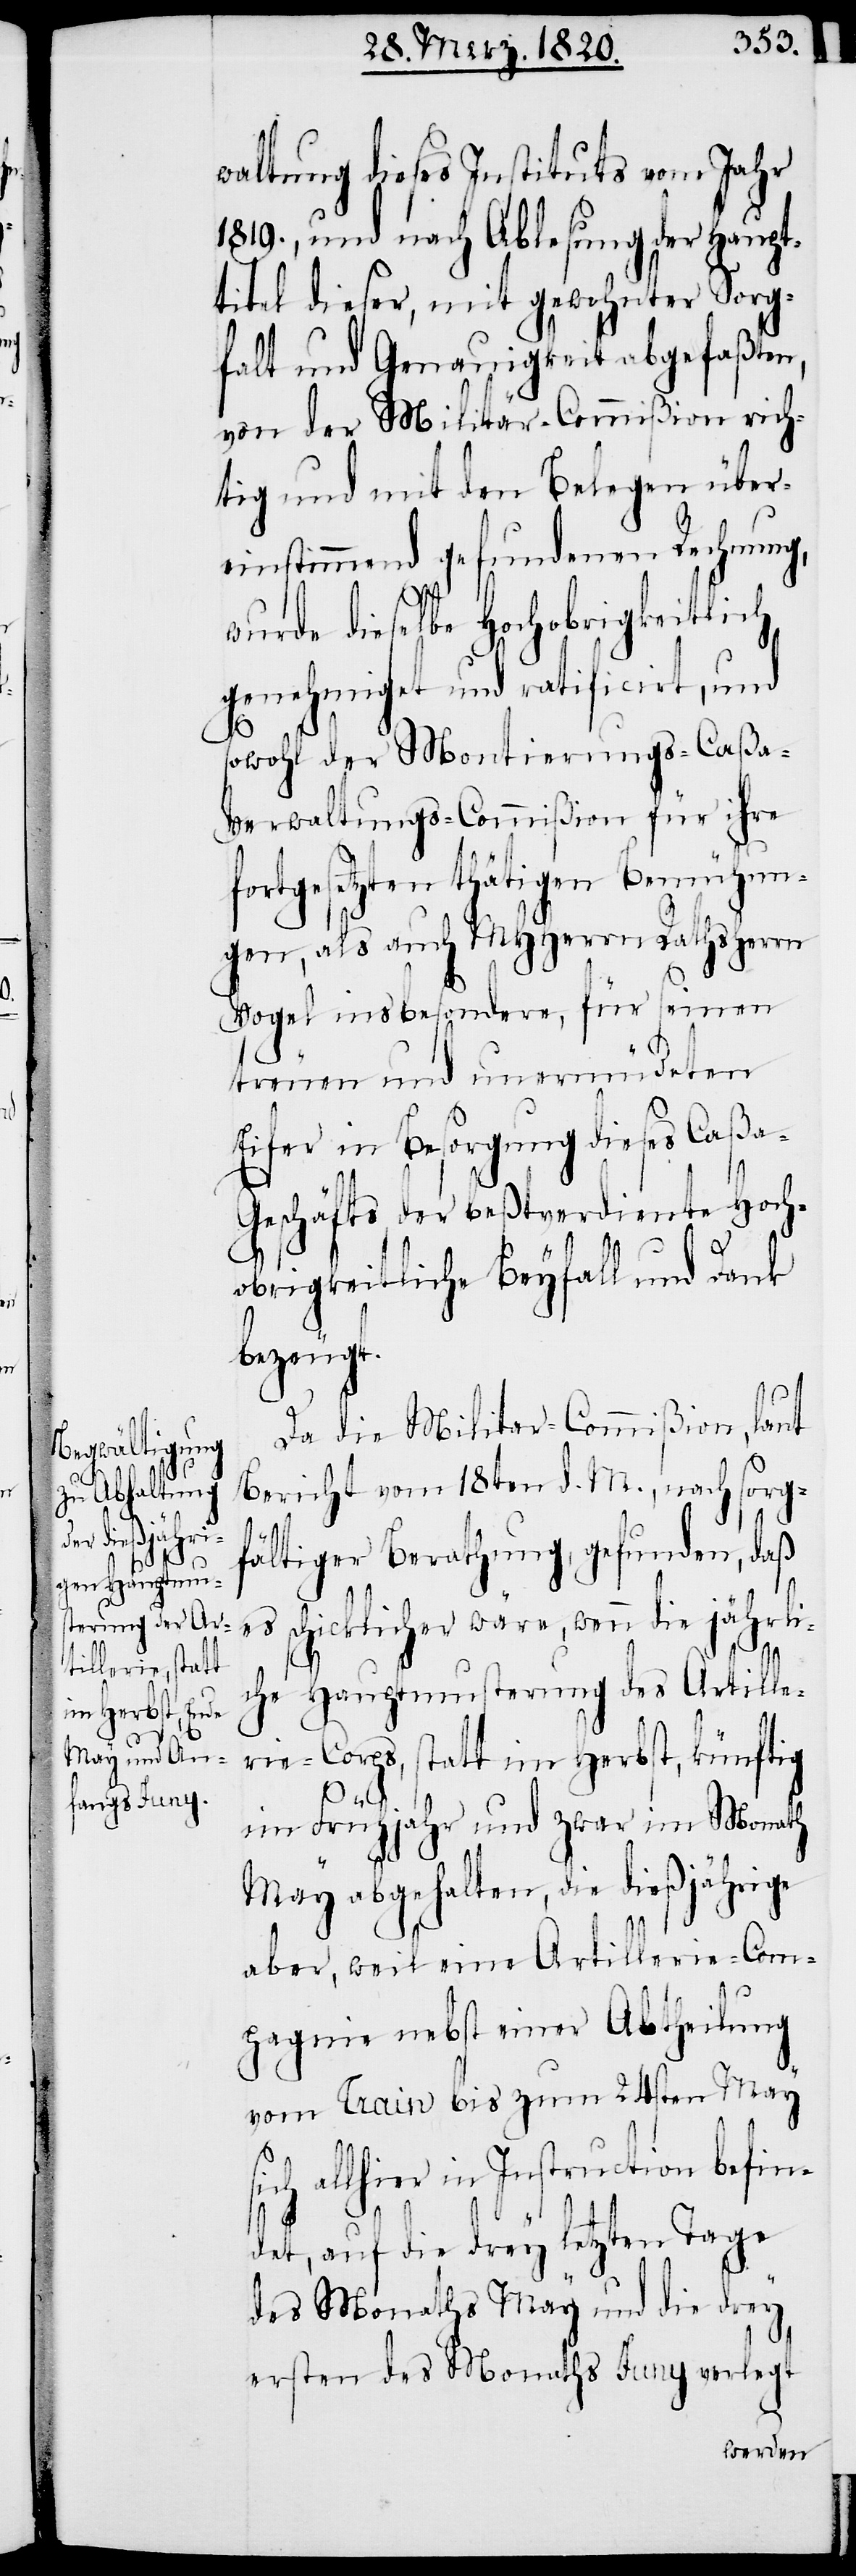
waltung dieses Instituts vom Jahr
1819., und nach Ablesung der Haupt¬
titel dieser, mit gewohnter Sorg¬
falt und Genauigkeit abgefaßten,
von der Militär-Commißion rich¬
tig und mit den Belegen über¬
einstimmend gefundenen Rechnung,
wurde dieselbe Hochobrigkeitlich
genehmiget und ratificirt, und
sowohl der Montierungs-Caßa-V¬
erwaltungs-Commißion für ihre
fortgesetzten thätigen Bemühun¬
gen, als auch MHHerrn Rathsherrn
Vogel insbesondere, für seinen
treuen und unermüdeten
Eifer in Besorgung dieses Caßa-G¬
eschäfts, der beßtverdiente Hoch¬
obrigkeitliche Beyfall und Dank
bezeugt.
Da die Militar-Commißion, laut
Bericht vom 18ten d. M., nach sorg¬
fältiger Berathung, gefunden, daß
es schicklicher wäre, wenn die jährli¬
che Hauptmusterung des Artille¬
rie-Corps, statt im Herbst, künftig
im Frühjahr und zwar im Monath
May abgehalten, die dießjährige
aber, weil eine Artillerie-Com¬
pagnie nebst einer Abtheilung
vom Train bis zum 24sten May
sich allhier in Instruction befin¬
det, auf die drey letzten Tage
des Monaths May und die drey
ersten des Monaths Juny verlegt